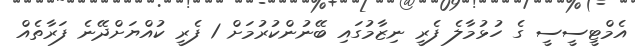
އެމްޓީސީސީ ގެ ހުޅުމާލެ ފެރީ ނިޒާމުގައި ބޭނުންކުރުމަށް 1 ފެރީ ކުއްޔަށްދޭނެ ފަރާތެއް